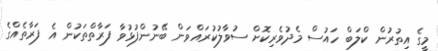
މީގެ އިތުރުން ކްލަބް ހައުސް މެދުވެރިކޮށް ސުވާލުކުރައްވަން ބޭނުންފުޅުވާ ފަރާތްތަކުން އެ ފަރާތެއްގެ